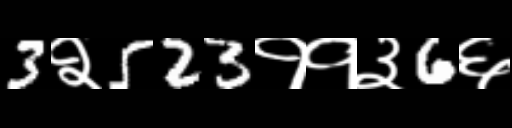
Text: 3२523११३6६